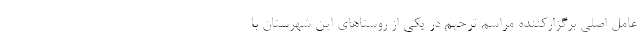
عامل اصلی برگزارکننده مراسم ترحیم در یکی از روستاهای این شهرستان با